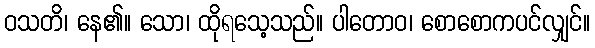
ဝသတိ၊ နေ၏။ သော၊ ထိုရသေ့သည်။ ပါတောဝ၊ စောစောကပင်လျှင်။